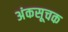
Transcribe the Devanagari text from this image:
अंकसूचक